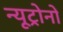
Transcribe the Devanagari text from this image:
न्यूट्रोनों